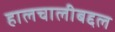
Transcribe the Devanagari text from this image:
हालचालीबद्दल